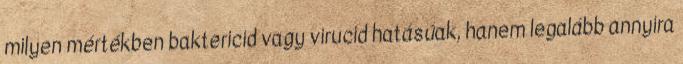
milyen mértékben baktericid vagy virucid hatásúak, hanem legalább annyira